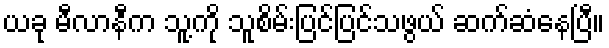
ယခု မီလာနီက သူ့ကို သူစိမ်းပြင်ပြင်သဖွယ် ဆက်ဆံနေပြီ။